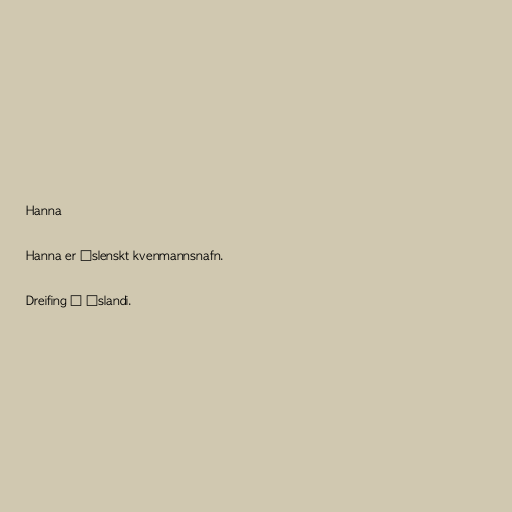
Hanna

Hanna er íslenskt kvenmannsnafn.

Dreifing á Íslandi.